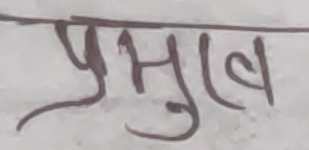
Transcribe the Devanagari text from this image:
प्रभुत्व